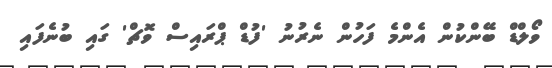
ވޯލްޑް ބޭންކުން އެންމެ ފަހުން ނެރުނު 'ފުޑް ޕްރައިސް ވޮޗް' ގައި ބުނެފައި